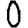
Digit: 0